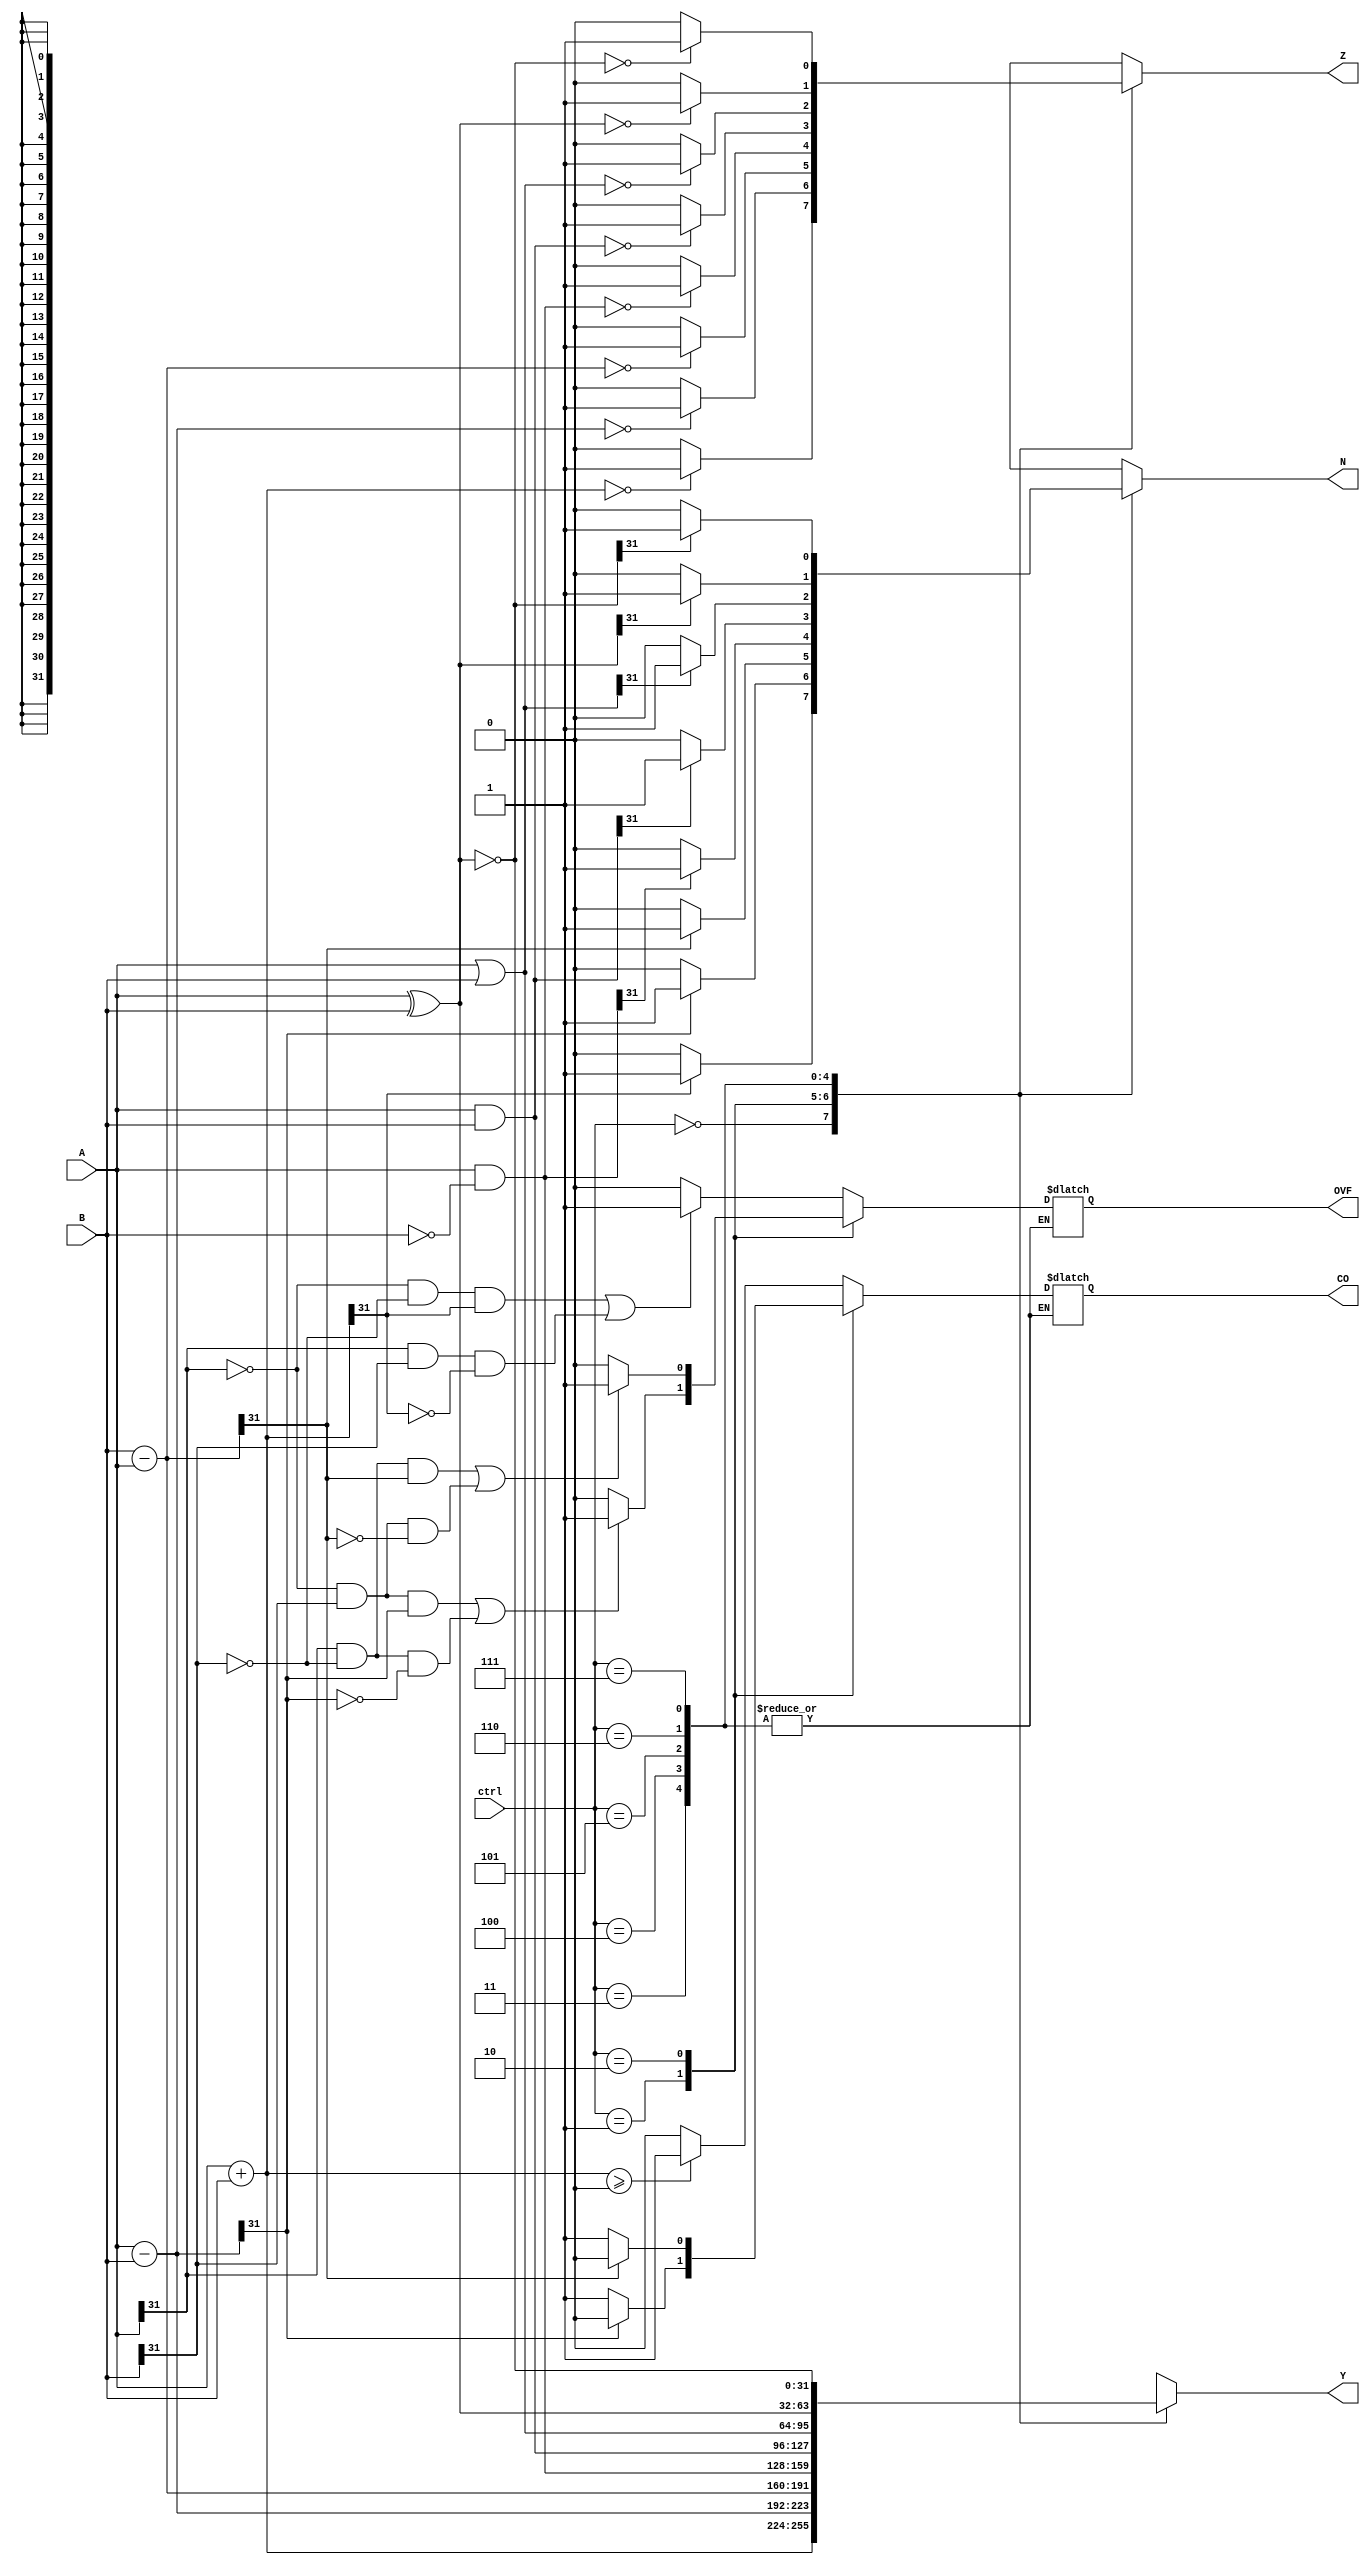
module ALU (A,B,ctrl,Y,CO,OVF,Z,N);
parameter WIDTH = 32; // data width of the inputs and output 
input [WIDTH-1:0] A,B;
input [2:0] ctrl;
output [WIDTH-1:0] Y;
reg [WIDTH-1:0] Y; 
output CO,OVF,Z,N;
reg CO,OVF,Z,N;

always @(*) 
begin 
	case (ctrl)
		3'b000: 
			begin 
			Y = A+B;
			if (Y == 0)
			Z = 1; 
			else Z = 0;
			if (Y[WIDTH-1] == 1)
			N = 1;  
			else N=0;
			if ((A+B) >= 2**WIDTH ) // if result is greater than or equal to 2 to the power WIDTH 
			CO = 1;
			else CO = 0;
			if ((((A[WIDTH-1] == 0) && (B[WIDTH-1] == 0)) && Y[WIDTH-1] == 1) || (((A[WIDTH-1] == 1) && (B[WIDTH-1] == 1)) && Y[WIDTH-1] == 0)) // if adding two positive numbers results a negative number or adding two negative numbers results a positive number then set the OVF flag 
			OVF = 1; 
			else OVF = 0;
			end 
		3'b001: 
			begin 
			Y = A-B;
			if (Y == 0)
			Z = 1; 
			else Z = 0;
			if (Y[WIDTH-1] == 1)
			N = 1;  
			else N = 0; 
			if (Y[WIDTH-1] == 0)
			CO = 1;
			else CO = 0;
			if ((((A[WIDTH-1] == 0) && (B[WIDTH-1] == 1)) && Y[WIDTH-1] == 1) || (((A[WIDTH-1] == 1) && (B[WIDTH-1] == 0)) && Y[WIDTH-1] == 0)) // if subtracting a negative number from a positive number results a negative number or subtracting a positive number from a negative number results a positive number then set the OVF flag 
			OVF = 1; 
			else OVF = 0; 
			end 
		3'b010: 
			begin 
			Y = B-A;
			if (Y == 0)
			Z = 1; 
			else Z = 0; 
			if (Y[WIDTH-1] == 1)
			N = 1;  
			else N = 0; 
			if (Y[WIDTH-1] == 0)
			CO = 1;
			else CO = 0; 
			if ((((B[WIDTH-1] == 0) && (A[WIDTH-1] == 1)) && Y[WIDTH-1] == 1) || (((B[WIDTH-1] == 1) && (A[WIDTH-1] == 0)) && Y[WIDTH-1] == 0))  
			OVF = 1; 
			else OVF = 0; 
			end 
		3'b011: 
			begin 
			Y = A&~B;
			if (Y == 0)
			Z = 1; 
			else Z = 0; 
			if (Y[WIDTH-1] == 1)
			N = 1;  
			else N = 0; 
			end 
		3'b100: 
			begin 
			Y = A&B;
			if (Y == 0)
			Z = 1; 
			else Z = 0; 
			if (Y[WIDTH-1] == 1)
			N = 1;  
			else N = 0; 
			end 
		3'b101: 
			begin 
			Y = A|B;
			if (Y == 0)
			Z = 1; 
			else Z = 0; 
			if (Y[WIDTH-1] == 1)
			N = 1; 
			else N = 0; 	
			end 
		3'b110: 
			begin 
			Y = A^B;
			if (Y == 0)
			Z = 1; 
			else Z = 0; 
			if (Y[WIDTH-1] == 1)
			N = 1;  
			else N = 0; 
			end 
		3'b111: 
			begin 
			Y = ~(A^B);
			if (Y == 0)
			Z = 1; 
			else Z = 0; 
			if (Y[WIDTH-1] == 1)
			N = 1;  
			else N = 0; 
			end  
		default: 
			begin 
			Y = 0; 
			CO = 0;
			OVF = 0;
			N = 0; 
			Z = 1; // set the zero flag since default Y is 0 
			end 
	endcase 
end
endmodule